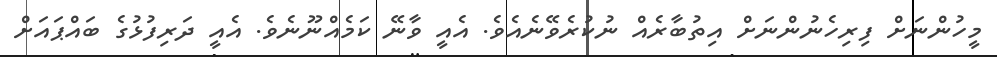
މީހުންނަށް ފިރިހެނުންނަށް އިތުބާރެއް ނުކުރެވޭނެއެވެ. އެއީ ވާނޭ ކަމެއްނޫނެވެ. އެއީ ދަރިފުޅުގެ ބައްޕައަށް